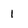
Character: 1